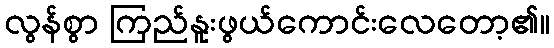
လွန်စွာ ကြည်နူးဖွယ်ကောင်းလေတော့၏။